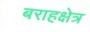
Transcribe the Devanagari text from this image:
बराहक्षेत्र